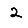
Digit: 2